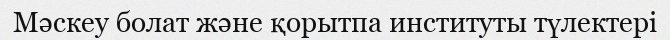
Мәскеу болат және қорытпа институты түлектері